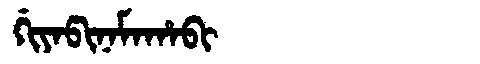
Manchu: ᡤᡳᠶᠠᡦᡳᠨᠠᠮᠠᡥᠠᠪᡳ
Romanization: GIYAPINAMAHABI